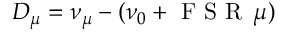
D _ { \mu } = \nu _ { \mu } - ( \nu _ { 0 } + \textrm { F S R } \, \mu )